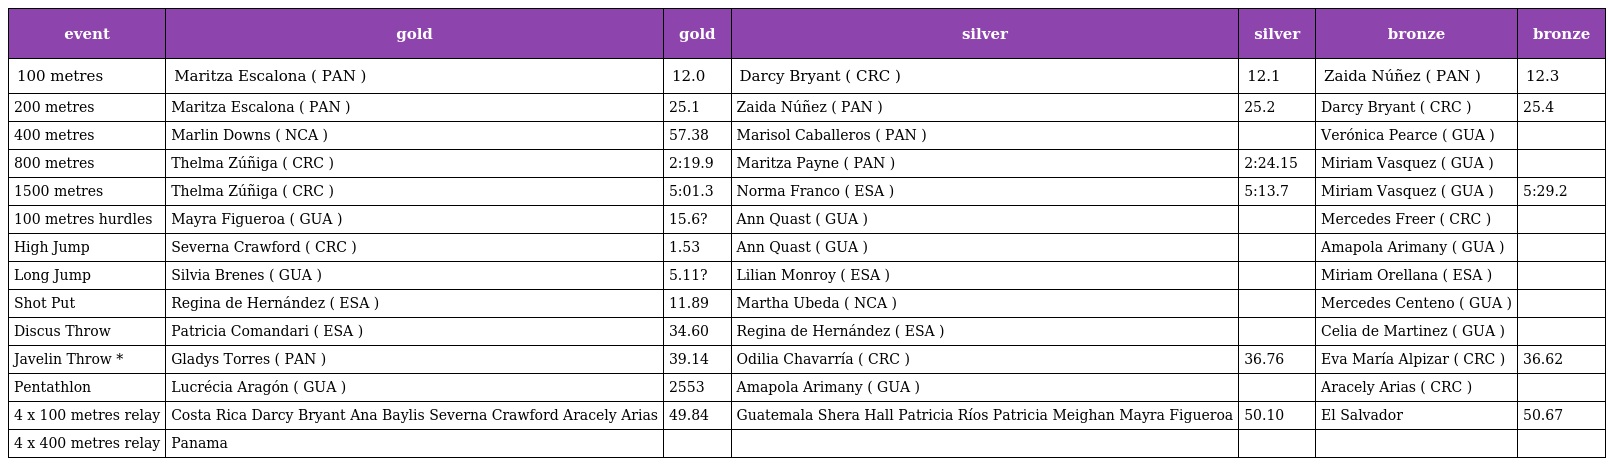
| event | gold | gold | silver | silver | bronze | bronze |
 | --- | --- | --- | --- | --- | --- | --- |
 | 100 metres | Maritza Escalona ( PAN ) | 12.0 | Darcy Bryant ( CRC ) | 12.1 | Zaida Núñez ( PAN ) | 12.3 |
 | 200 metres | Maritza Escalona ( PAN ) | 25.1 | Zaida Núñez ( PAN ) | 25.2 | Darcy Bryant ( CRC ) | 25.4 |
 | 400 metres | Marlin Downs ( NCA ) | 57.38 | Marisol Caballeros ( PAN ) |  | Verónica Pearce ( GUA ) |  |
 | 800 metres | Thelma Zúñiga ( CRC ) | 2:19.9 | Maritza Payne ( PAN ) | 2:24.15 | Miriam Vasquez ( GUA ) |  |
 | 1500 metres | Thelma Zúñiga ( CRC ) | 5:01.3 | Norma Franco ( ESA ) | 5:13.7 | Miriam Vasquez ( GUA ) | 5:29.2 |
 | 100 metres hurdles | Mayra Figueroa ( GUA ) | 15.6? | Ann Quast ( GUA ) |  | Mercedes Freer ( CRC ) |  |
 | High Jump | Severna Crawford ( CRC ) | 1.53 | Ann Quast ( GUA ) |  | Amapola Arimany ( GUA ) |  |
 | Long Jump | Silvia Brenes ( GUA ) | 5.11? | Lilian Monroy ( ESA ) |  | Miriam Orellana ( ESA ) |  |
 | Shot Put | Regina de Hernández ( ESA ) | 11.89 | Martha Ubeda ( NCA ) |  | Mercedes Centeno ( GUA ) |  |
 | Discus Throw | Patricia Comandari ( ESA ) | 34.60 | Regina de Hernández ( ESA ) |  | Celia de Martinez ( GUA ) |  |
 | Javelin Throw * | Gladys Torres ( PAN ) | 39.14 | Odilia Chavarría ( CRC ) | 36.76 | Eva María Alpizar ( CRC ) | 36.62 |
 | Pentathlon | Lucrécia Aragón ( GUA ) | 2553 | Amapola Arimany ( GUA ) |  | Aracely Arias ( CRC ) |  |
 | 4 x 100 metres relay | Costa Rica Darcy Bryant Ana Baylis Severna Crawford Aracely Arias | 49.84 | Guatemala Shera Hall Patricia Ríos Patricia Meighan Mayra Figueroa | 50.10 | El Salvador | 50.67 |
 | 4 x 400 metres relay | Panama |  |  |  |  |  |